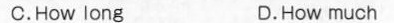
C. How long D.How much